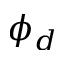
\phi _ { d }